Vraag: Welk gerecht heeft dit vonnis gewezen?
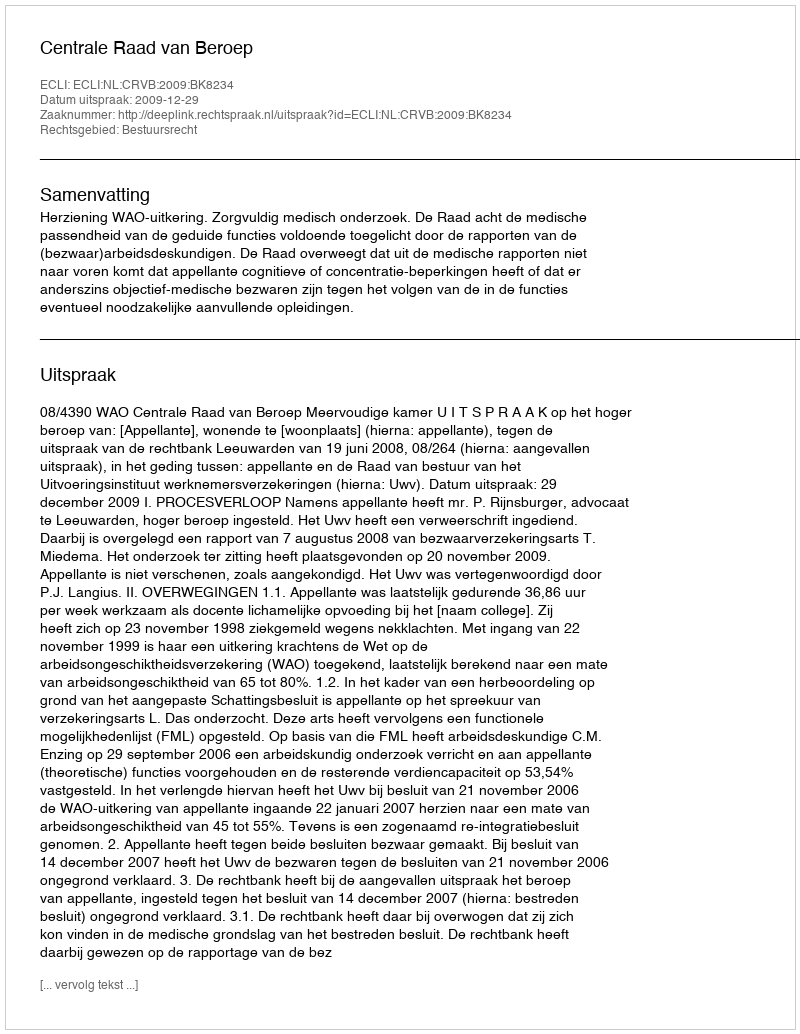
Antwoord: Centrale Raad van Beroep